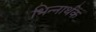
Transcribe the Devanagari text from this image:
भिन्नार्थक